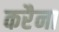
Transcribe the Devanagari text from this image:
करैना